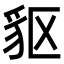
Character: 䝙